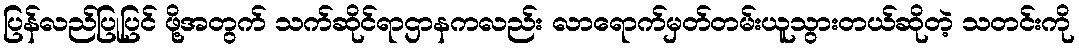
ပြန်လည်ပြုပြင် ဖို့အတွက် သက်ဆိုင်ရာဌာနကလည်း လာရောက်မှတ်တမ်းယူသွားတယ်ဆိုတဲ့ သတင်းကို